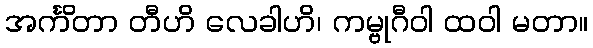
အင်္ကိတာ တီဟိ လေခါဟိ၊ ကမ္ဗုဂီဝါ ထဝါ မတာ။